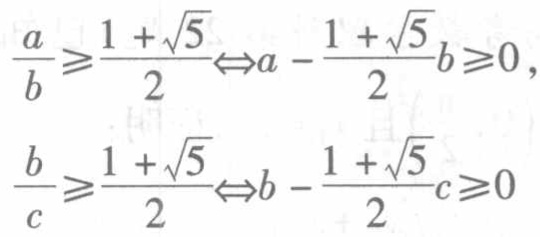
\[\frac{a}{b} \geqslant \frac{1+\sqrt{5}}{2} \Leftrightarrow a-\frac{1+\sqrt{5}}{2} b \geqslant 0,\]
\[\frac{b}{c} \geqslant \frac{1+\sqrt{5}}{2} \Leftrightarrow b-\frac{1+\sqrt{5}}{2} c \geqslant 0\]